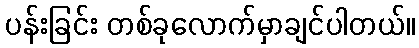
ပန်းခြင်း တစ်ခုလောက်မှာချင်ပါတယ်။